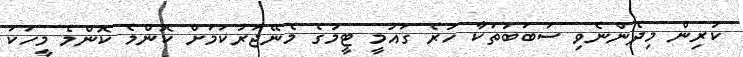
ކުރިން މިދެންނެވި ސަބަބުތަކާ ހުރެ ގައުމީ ޓީމުގެ މެނޭޖަރުކަމަށް ކޮންމެ ކޮންމެ މީހަކަ